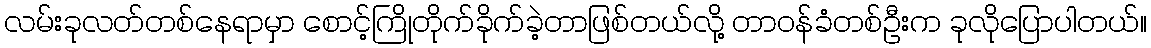
လမ်းခုလတ်တစ်နေရာမှာ စောင့်ကြိုတိုက်ခိုက်ခဲ့တာဖြစ်တယ်လို့ တာဝန်ခံတစ်ဦးက ခုလိုပြောပါတယ်။